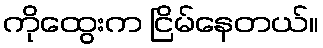
ကိုထွေးက ငြိမ်နေတယ်။